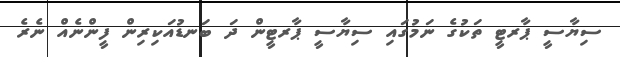
ސިޔާސީ ޕާރޓީ ތަކުގެ ނަމުގައި ސިޔާސީ ޕާރޓީން ދަ ބަނޑުއަކިރިން ފީންނެއް ނެރެ